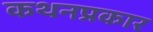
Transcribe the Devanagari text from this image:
कथनप्रकार